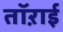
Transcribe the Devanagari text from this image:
तॉऱाई